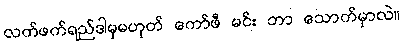
လက်ဖက်ရည်ဒါမှမဟုတ် ကော်ဖီ မင်း ဘာ သောက်မှာလဲ။